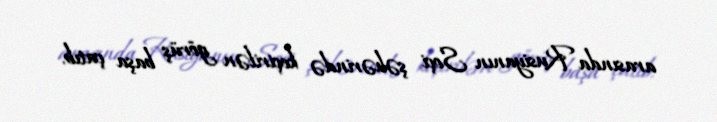
arasında Rusiyanın Soçi şəhərində keçirilən görüş başa çatıb.